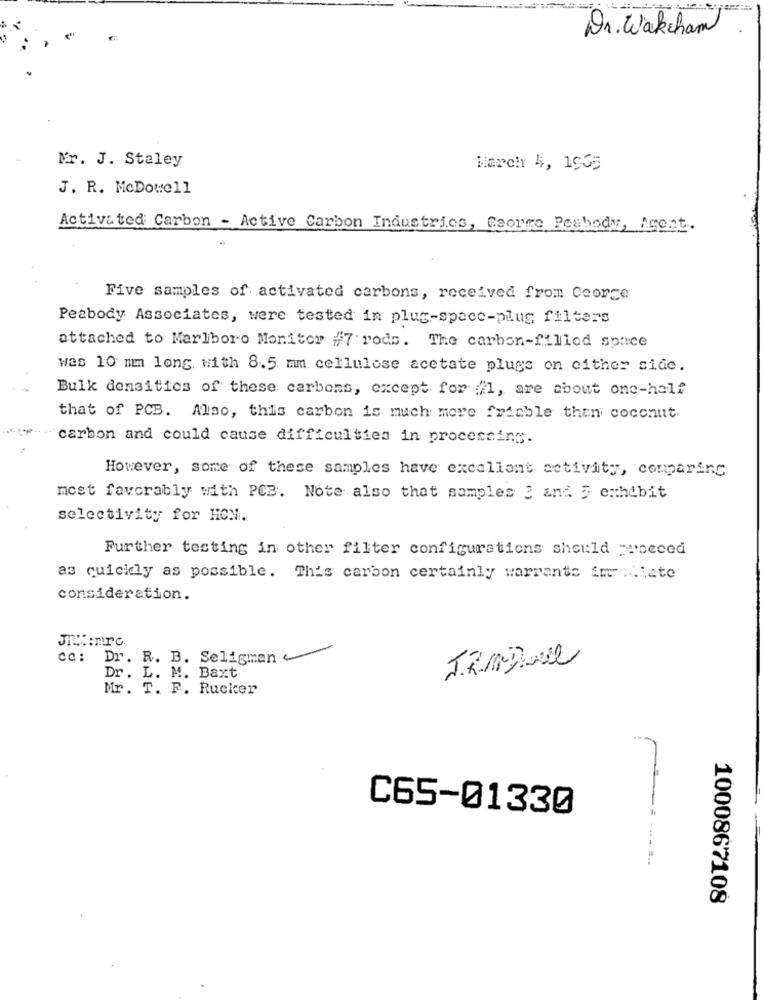
Dr. Wakcham
Mr. J. Staley
March 4, 1955
J. R. McDowell
Activated Carbon - Active Carbon Industries, George Peabody, Agent.
Five samples of activated carbons, received from George
Peabody Associates, were tested in plug-space-plug filters
attached to Marlboro Monitor #7 rods. The carbon-filled space
was 10 mm long with 8.5 mm cellulose acetate plugs on either side.
Bulk densities of these carbons, except for :"1, are about one-half
that of PCB. Also, this carbon is much more friable then coconut
carbon and could cause difficulties in processing.
However, some of these samples have excellent activity, comparing
most favorably with PCB. Note also that samples 3 and 5 exhibit
selectivity for HON.
Further testing in other filter configurations should proceed
as quickly as possible. This carbon certainly warrants im late
consideration.
JT .:: mrc.
cc: Dr. R. B. Seligman
Dr. L. M. Baxt
Mr. T. F. Rucker
C65-01330
1000867108